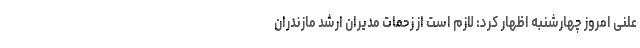
علنی امروز چهارشنبه اظهار کرد: لازم است از زحمات مدیران ارشد مازندران